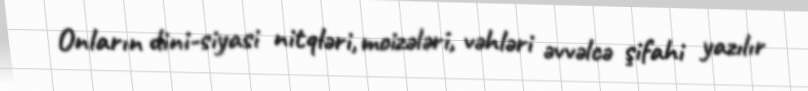
Onların dini-siyasi nitqləri, moizələri, vəhləri əvvəlcə şifahi yazılır